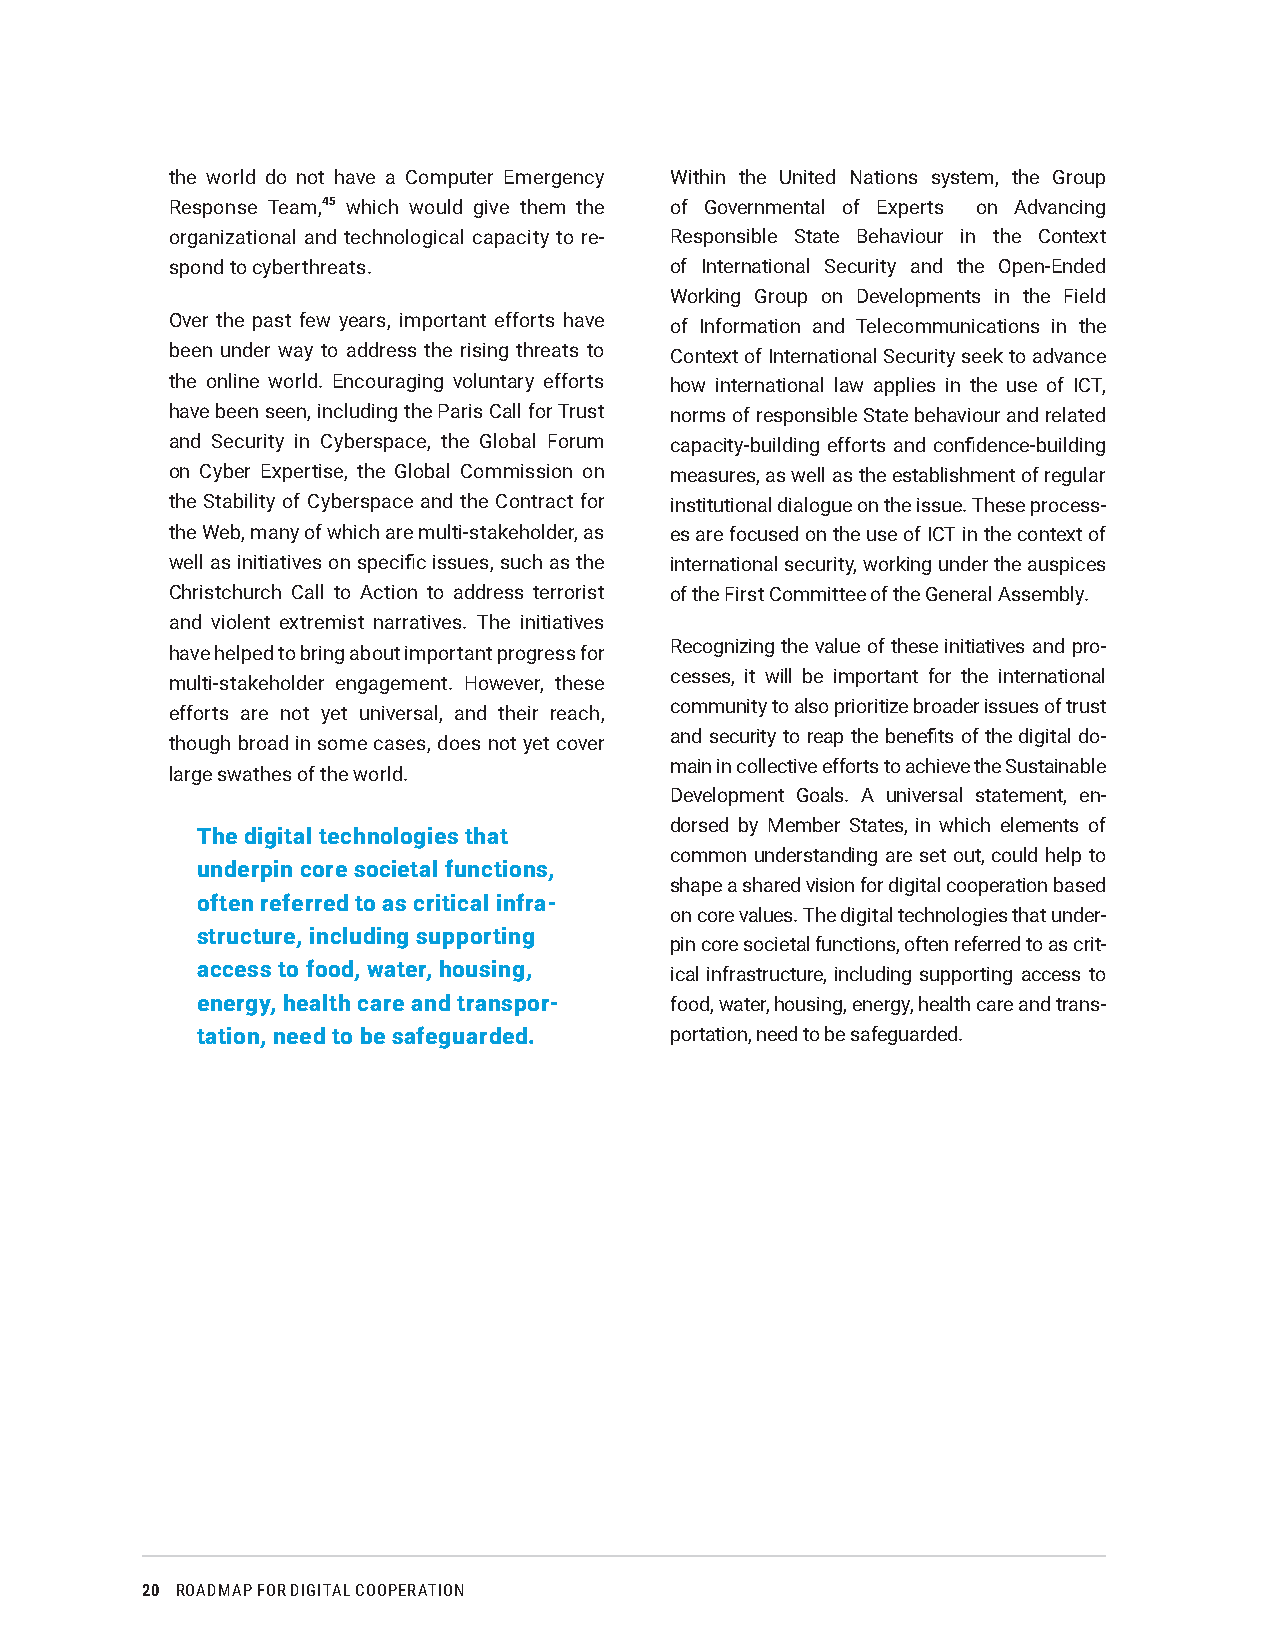
the world do not have a Computer Emergency Within the United Nations system, the Group
 Response Team,45 which would give them the of Governmental of Experts on Advancing
 organizational and technological capacity to re- Responsible State Behaviour in the Context
 spond to cyberthreats.           of International Security and the Open-Ended
 Working Group on Developments in the Field
 Over the past few years, important efforts have of Information and Telecommunications in the
 been under way to address the rising threats to Context of International Security seek to advance
 the online world. Encouraging voluntary efforts how international law applies in the use of ICT,
 have been seen, including the Paris Call for Trust norms of responsible State behaviour and related
 and Security in Cyberspace, the Global Forum capacity-building efforts and confidence-building
 on Cyber Expertise, the Global Commission on measures, as well as the establishment of regular
 the Stability of Cyberspace and the Contract for institutional dialogue on the issue. These process-
 the Web, many of which are multi-stakeholder, as es are focused on the use of ICT in the context of
 well as initiatives on specific issues, such as the international security, working under the auspices
 Christchurch Call to Action to address terrorist of the First Committee of the General Assembly.
 and violent extremist narratives. The initiatives
 have helped to bring about important progress for Recognizing the value of these initiatives and pro-
 cesses, it will be important for the international
 multi-stakeholder engagement. However, these
 community to also prioritize broader issues of trust
 efforts are not yet universal, and their reach,
 and security to reap the benefits of the digital do-
 though broad in some cases, does not yet cover
 main in collective efforts to achieve the Sustainable
 large swathes of the world.
 Development Goals. A universal statement, en-
 dorsed by Member States, in which elements of
 The digital technologies that
 common understanding are set out, could help to
 underpin core societal functions,
 shape a shared vision for digital cooperation based
 often referred to as critical infra-
 on core values. The digital technologies that under-
 structure, including supporting
 pin core societal functions, often referred to as crit-
 access to food, water, housing, ical infrastructure, including supporting access to
 energy, health care and transpor- food, water, housing, energy, health care and trans-
 tation, need to be safeguarded. portation, need to be safeguarded.
 20 ROADMAP FOR DIGITAL COOPERATION